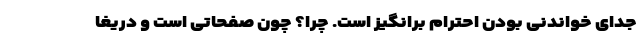
جدای خواندنی بودن احترام برانگیز است. چرا؟ چون صفحاتی است و دریغا